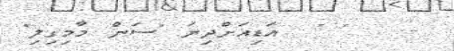
-   " "  އަޑިއަށްދިޔަ "ސަން މާމިގިލި"